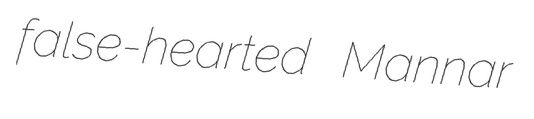
false-hearted Mannar